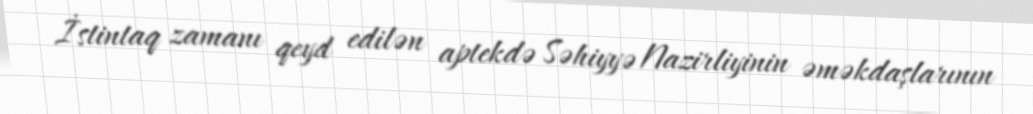
İstintaq zamanı qeyd edilən aptekdə Səhiyyə Nazirliyinin əməkdaşlarının